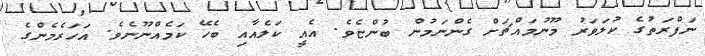
ނަފްރަތުގެ ކުލަވަރު މޫނުމައްޗަށް ގެންނަމުން ބުންޏެވެ. އެއީ ކަލެއާއި ބެހޭ ކަމެއްނޫނެވެ. އަހަރެމެންގެ